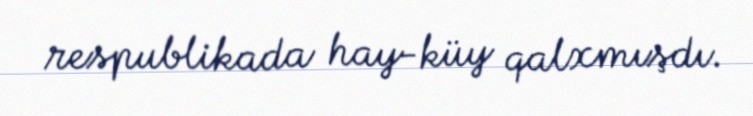
respublikada hay-küy qalxmışdı.